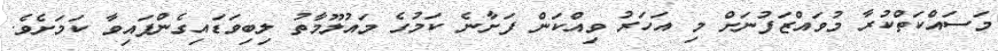
މަސައްކަތްކުރާ މުވައްޒަފުނަށް މި އަހަރު ވިއްކަން ފަށާނެ ކަމުގެ މައުލޫމާތު ލިބިވަޑައިގެންފައިވާ ކަމަށެވެ.